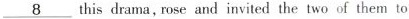
\underline{8} this drama,rose invited the two of them to